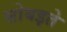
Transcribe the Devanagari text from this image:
सोबइते